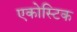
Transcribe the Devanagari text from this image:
एकोस्टिक